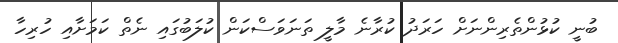
ބުނީ ކުޅުންތެރިންނަށް ހަރަދު ކުރާނެ މާލީ ތަނަވަސްކަން ކުލަބުގައި ނެތް ކަމަށާއި ހުރިހާ